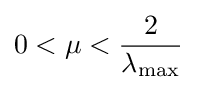
0<\mu <{\frac {2}{\lambda _{\mathrm {max} }}}